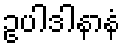
ဥပါဒါနာနံ